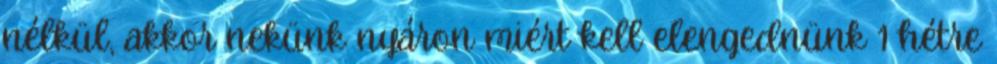
nélkül, akkor nekünk nyáron miért kell elengednünk 1 hétre